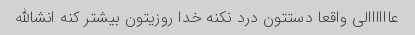
عاااااالی واقعا دستتون درد نکنه خدا روزیتون بیشتر کنه انشالله